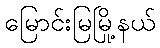
မြောင်းမြမြို့နယ်